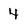
Character: 4